Emmaste_vallavalitsus, lk 4
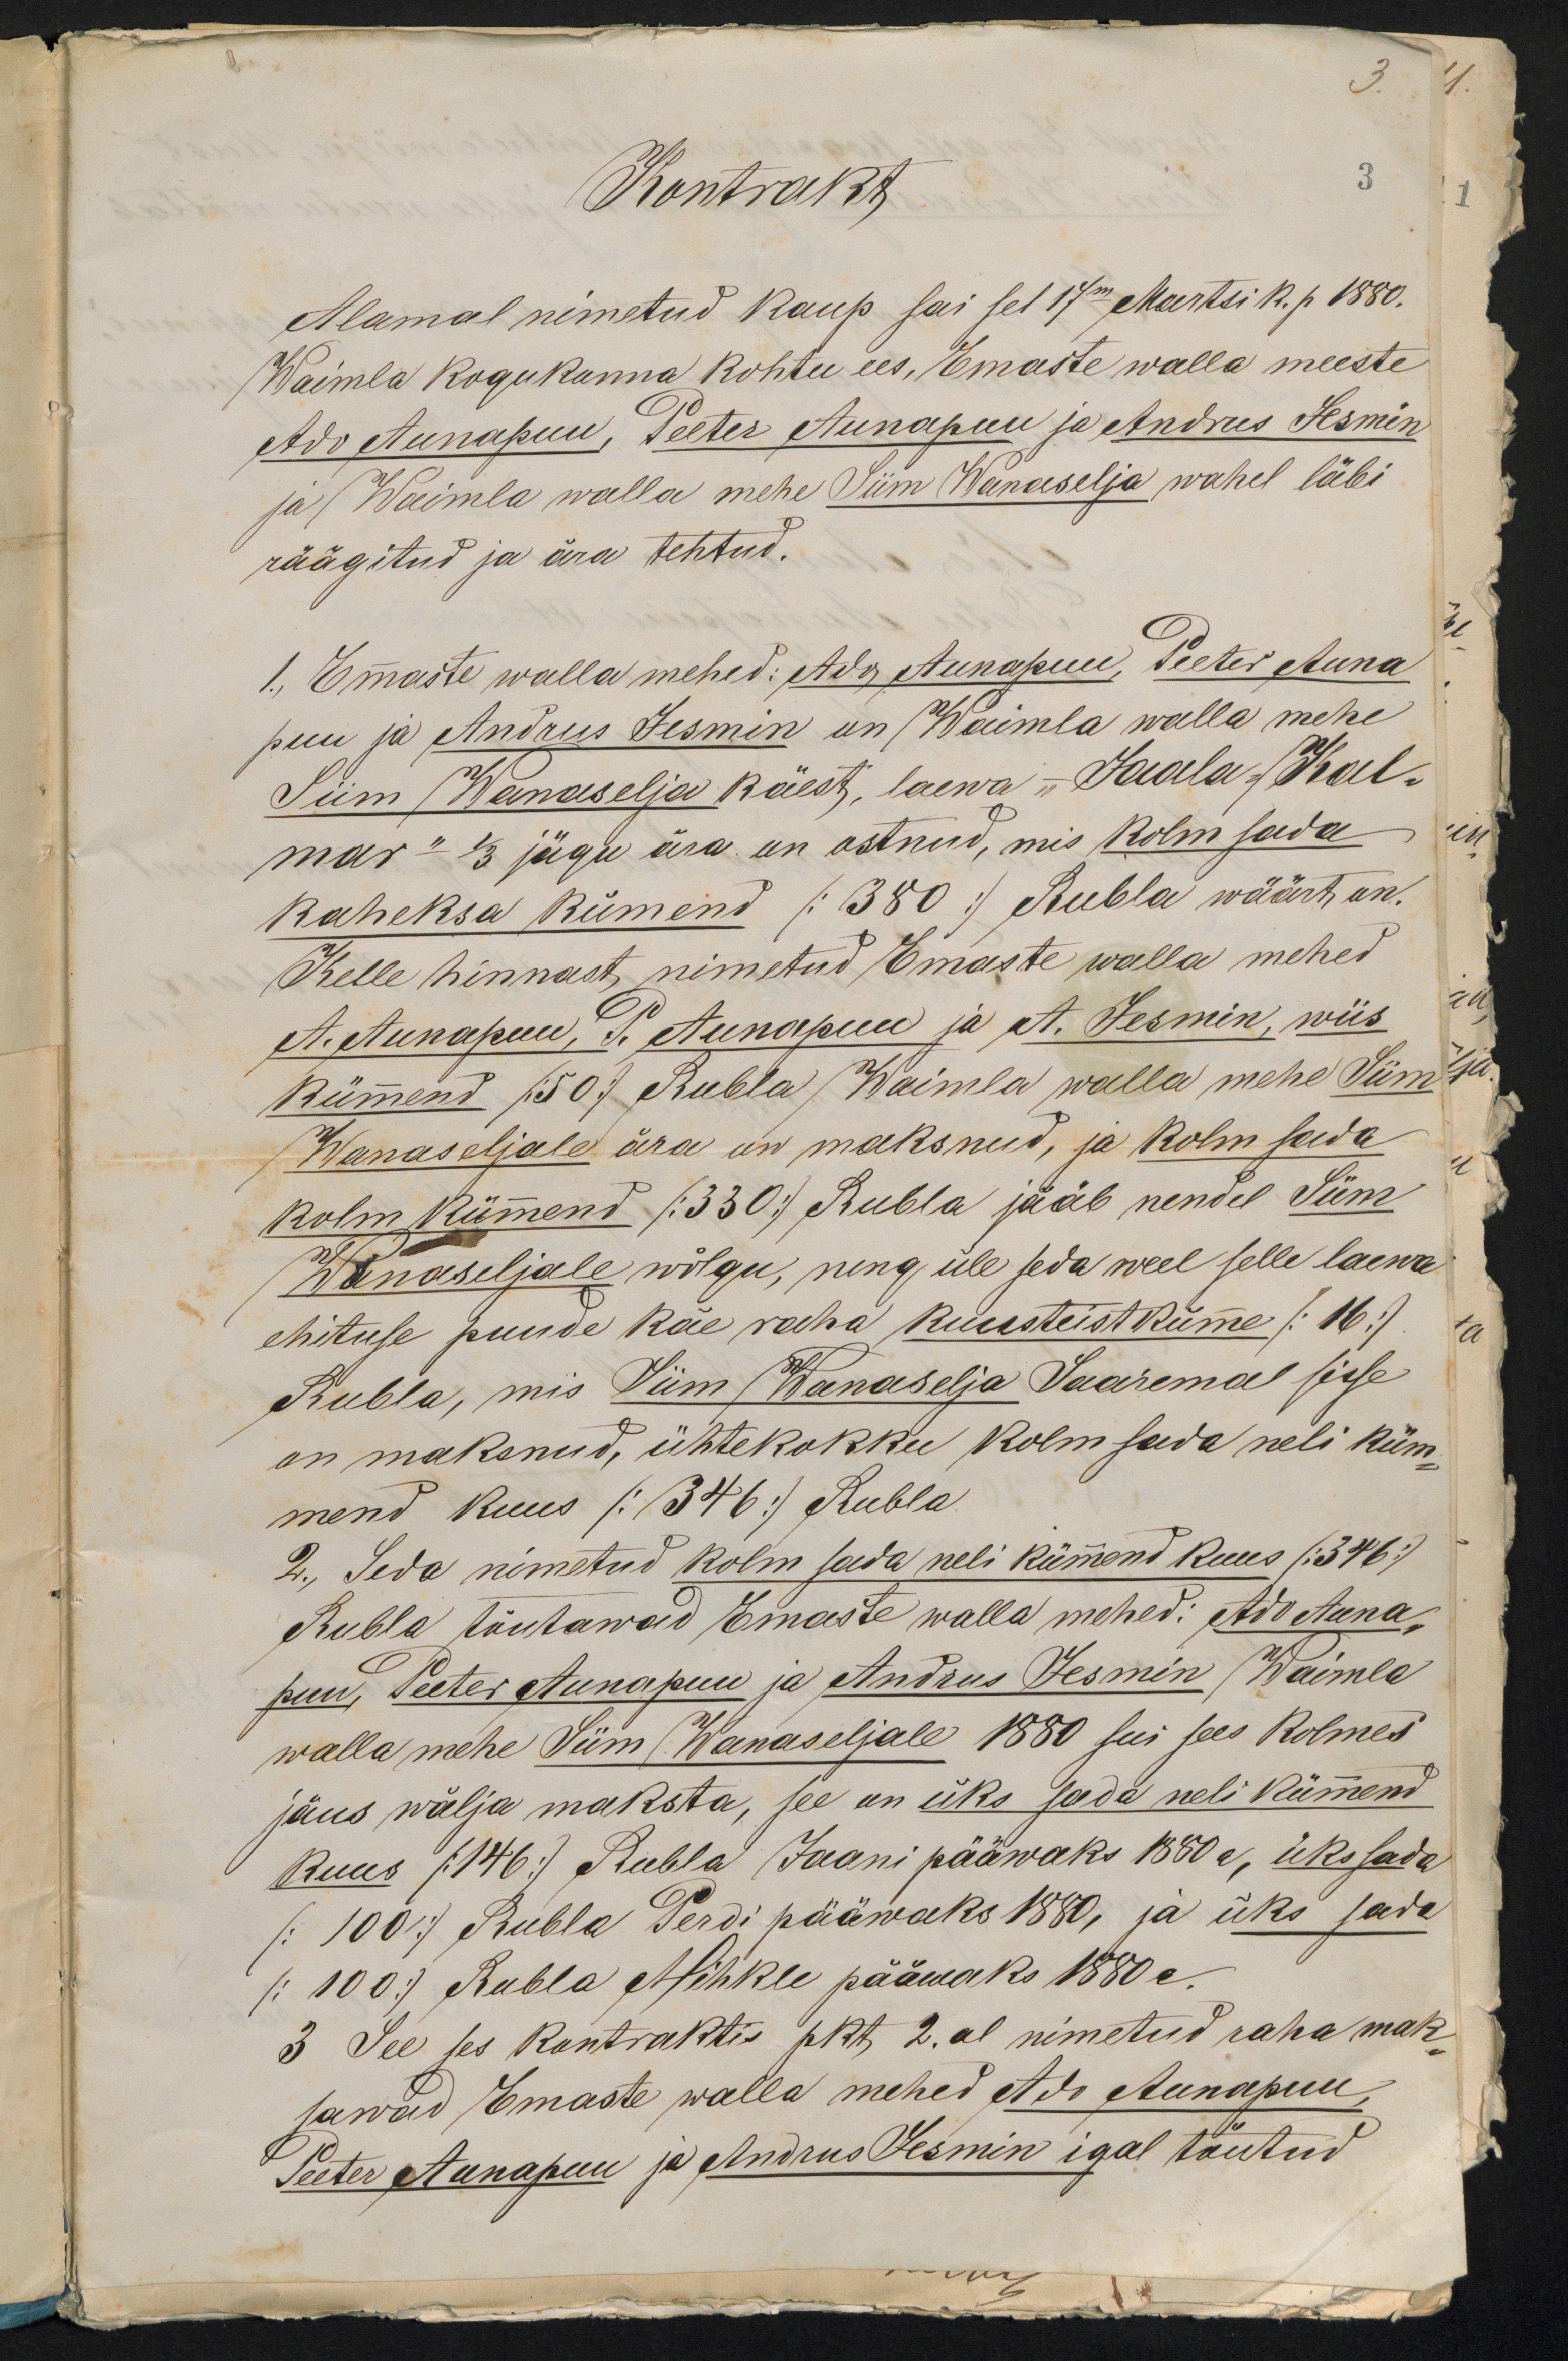
Kontrakt
3
Alamal nimetud kaup sai sel 17mal Märtsi k. p 1880.
Waimla kogukonna kohtu ees, Emaste walla meeste
Ado Aunapuu, Peeter Aunapuu ja Andrus Jesmin
ja Waimla walla mehe Siim Wanaselja wahel läbi
räägitud ja ära tehtud.
1. Emaste walla mehed: Ado Annapuu, Peeter Anna
puu ja Andrus Jesmin on Waimla walla mehe
Siim Wanaselja käest, laewa - "Jaala- /Kal-
mar"- 13 jägu ära on ostnud, mis kolm sada
kaheksa kümend (380) Rubla wäärt, on.
Kelle hinnast, nimetud Emaste walla mehed
A. Aunapuu, P. Aunapuu ja A. Jesmin, wiis
kümend (50) Rubla Waimla walla mehe Siim
Wanaseljale ära on maksnud, ja kolm sada
kolm kümend (330) Rubla jääb nendel Siim
Wanaseljale wõlgu, ning üle seda weel selle laewa
ehituse puude käe raha kuusteist küme (16)
Rubla, mis Siim Wanaselja Saaremal sisse
on maksnud, ühtekokku kolm sada neli küm-
mend kuus ( 346) Rubla
2., Seda nimetud kolm seda neli kümend kuus (346)
Rubla tõutawad Emaste walla mehed: Ado Auna-
puu, Peeter Aunapuu ja Andrus Jesmin Waimla
wallamehe Siim Wanaseljale 1880 sui sees Kolmes
jäus wälja maksta, see on üks sada neli kümend
kuus (146) Rubla Jaani pääwaks 1860 a, üks sada
(100) Rubla Perdi pääwaks 1880, ja üks sada
(100) Rubla Mihkli pääwaks 1880.
3 See ses kontraktis pkt, 2. al nimetud raha mak-
sawad Emaste walla mehed Ado Aunapuu,
Peeter Aunapuu ja Andrus Jesmin igal täutud